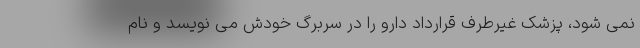
نمی شود، پزشک غیرطرف قرارداد دارو را در سربرگ خودش می نویسد و نام